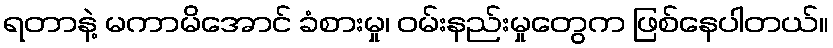
ရတာနဲ့ မကာမိအောင် ခံစားမှု၊ ဝမ်းနည်းမှုတွေက ဖြစ်နေပါတယ်။